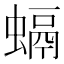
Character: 螎